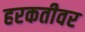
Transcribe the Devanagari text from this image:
हरकतीवर